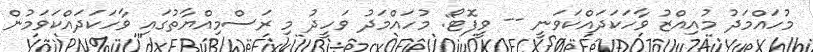
މުހައްމަދު މުއިއްޒު ވާހަކަދައްކަވަނީ -- ވީފޮޓޯ: މުހައްމަދު ވަހީދު މި ރަސްމިއްޔާތުގައި ވާހަކަދައްކަވަމުން